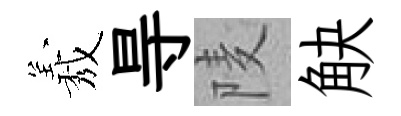
𦏁㝵𨹧觖